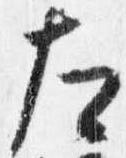
左